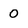
Character: 0